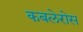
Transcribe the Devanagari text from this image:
कबलेरोस